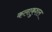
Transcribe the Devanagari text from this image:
कलाकुशल